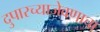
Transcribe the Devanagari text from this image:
दुपारच्याजेवणाचा